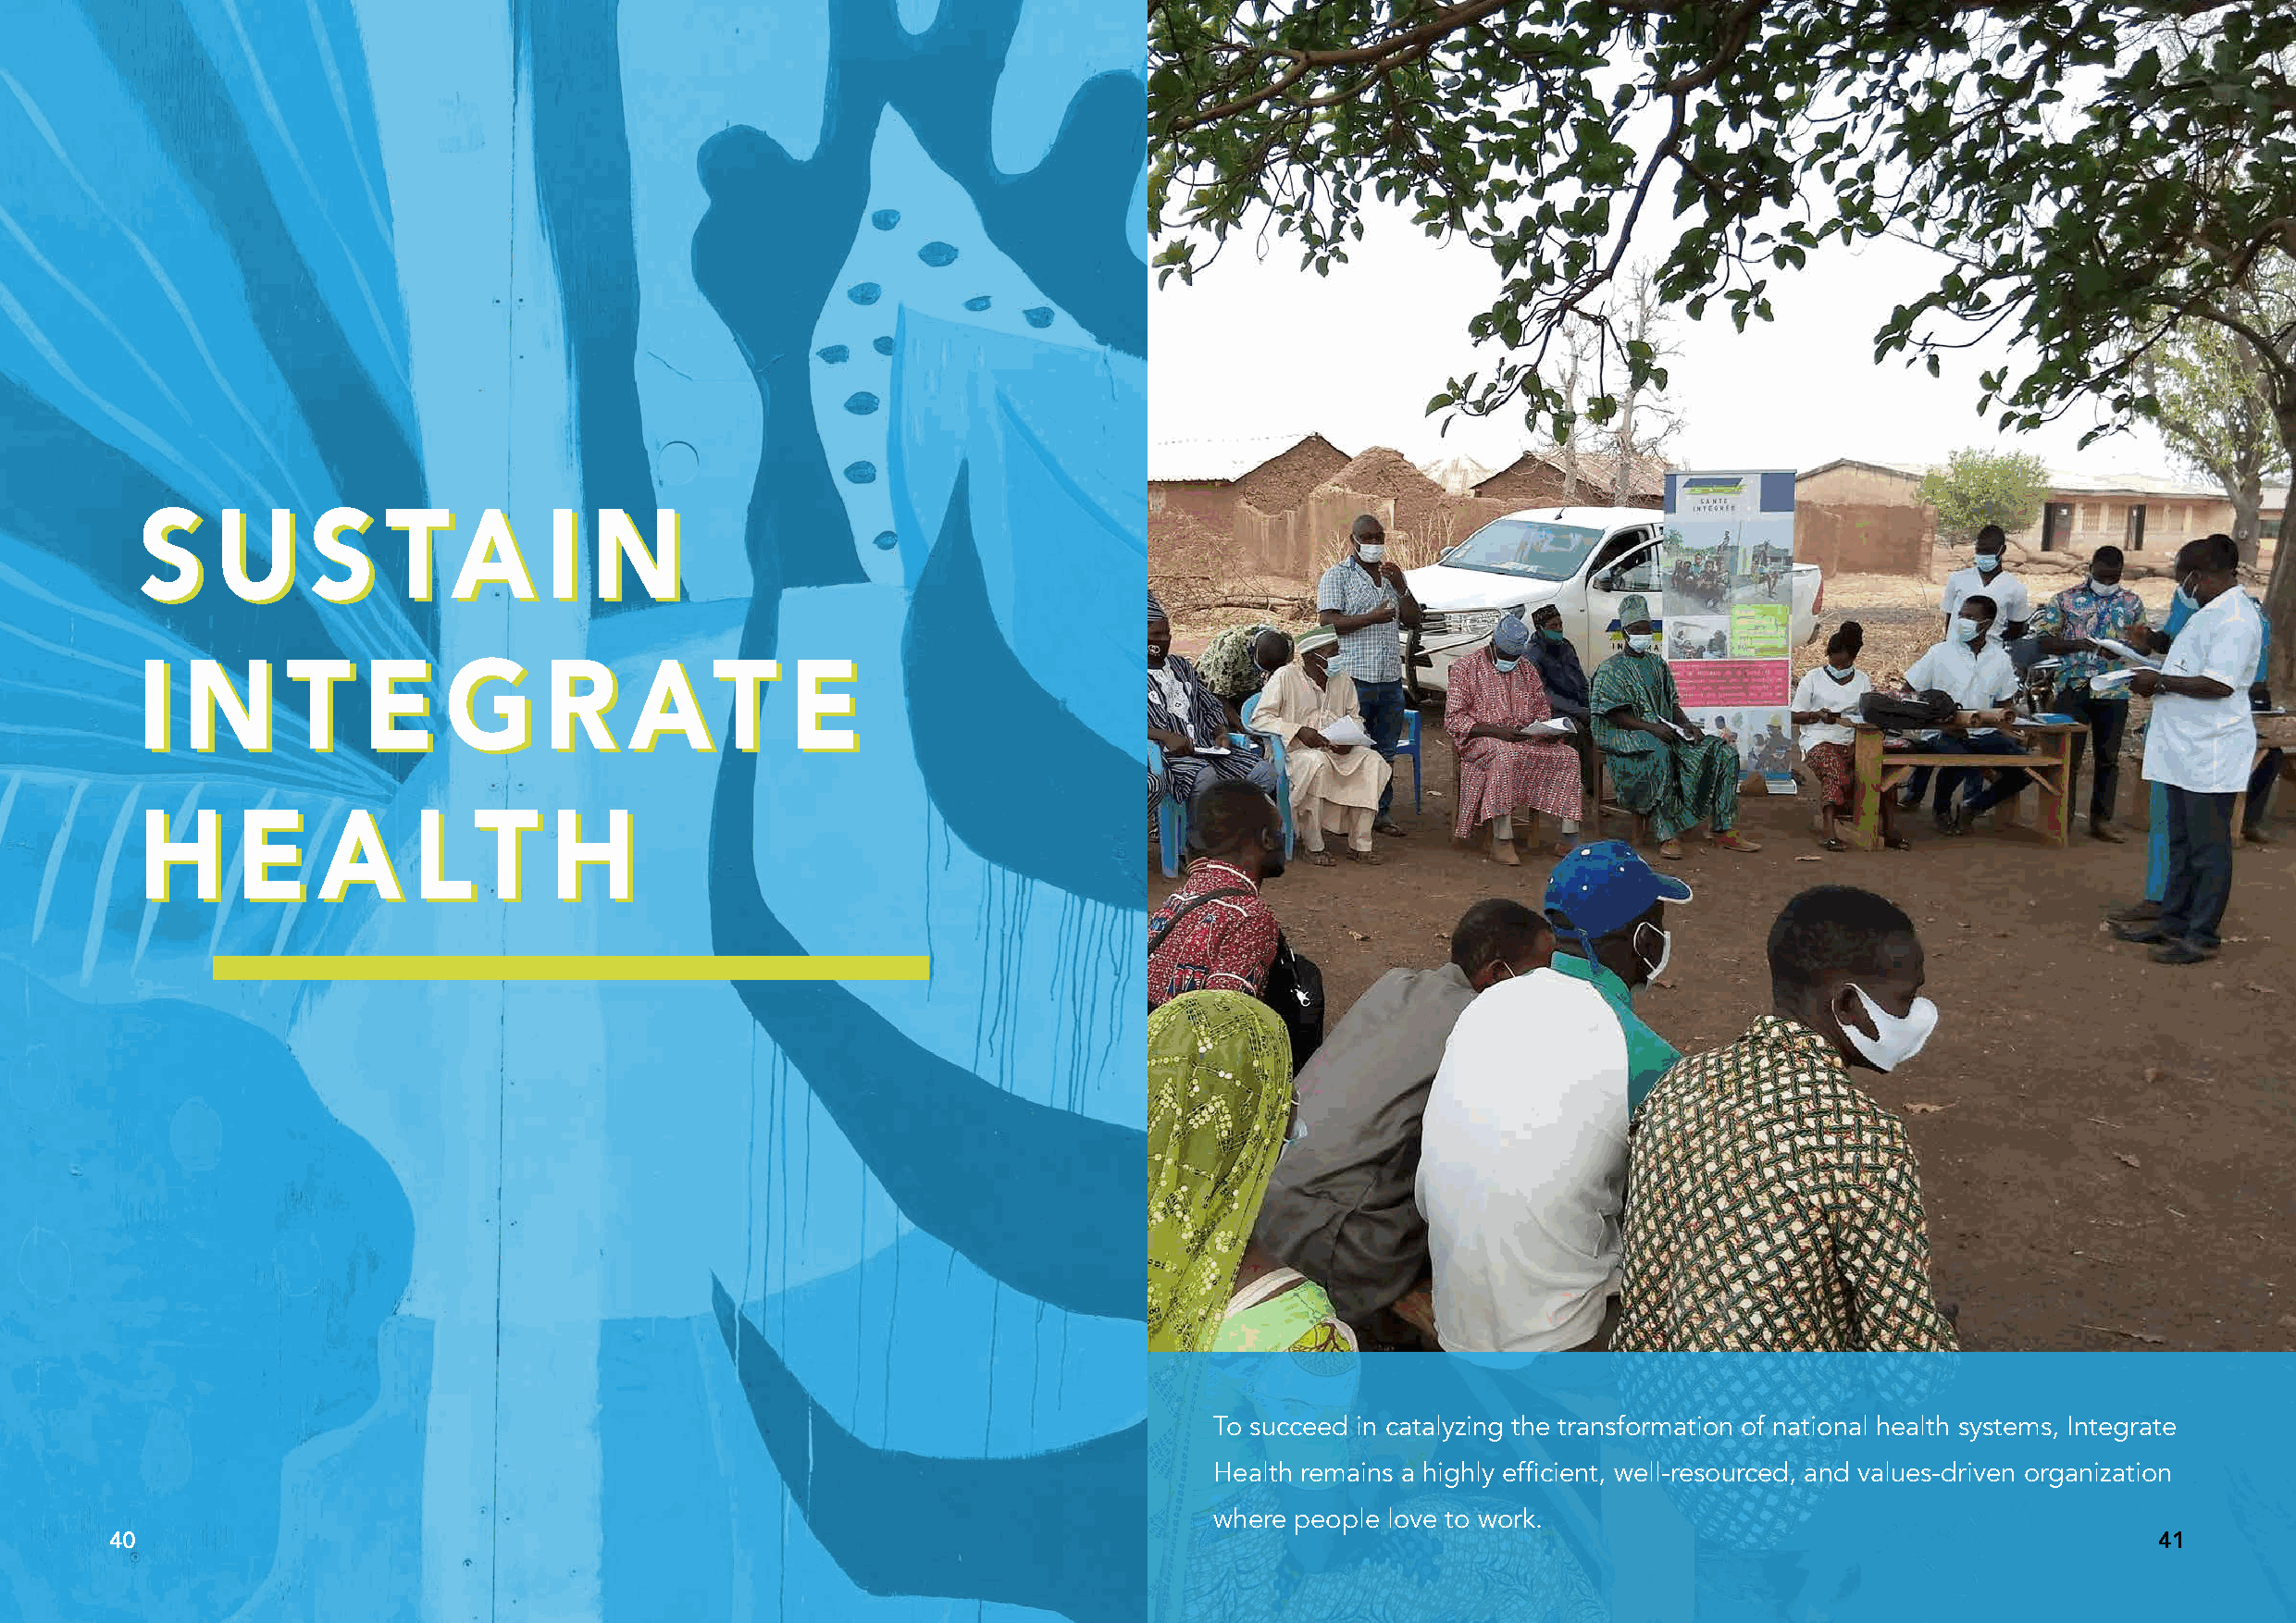
SSUUSSTTAAIINN
 IINNTTEEGGRRAATTEE
 HHEEAALLTTHH
 To succeed in catalyzing the transformation of national health systems, Integrate
 Health remains a highly efficient, well-resourced, and values-driven organization
 where people love to work.
 40                                                                                                                                                41